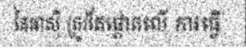
នៃអាស៊ី ត្រូវតែផ្តោតលើ ការធ្វើ